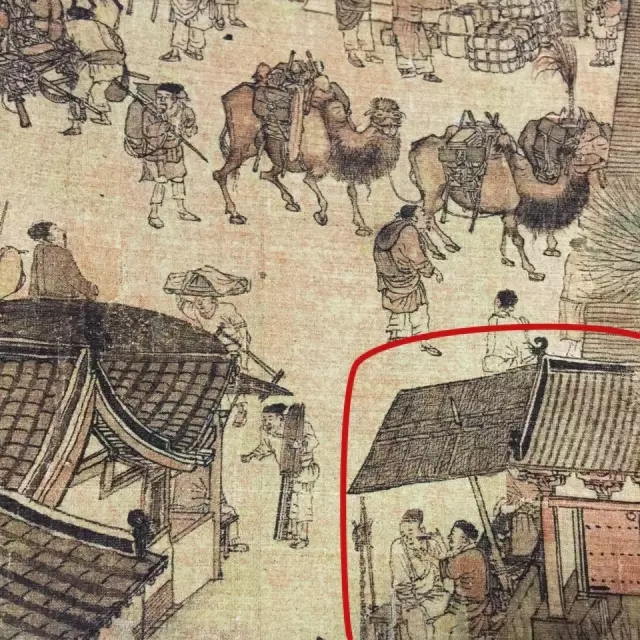
前年伐月支，城上没全师。